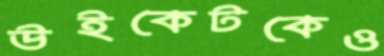
উইকেটকেও